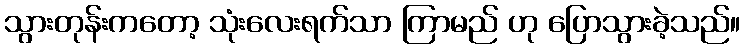
သွားတုန်းကတော့ သုံးလေးရက်သာ ကြာမည် ဟု ပြောသွားခဲ့သည်။